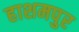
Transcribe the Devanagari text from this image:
हाशमपुर